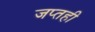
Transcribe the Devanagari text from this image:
जप्‍तही